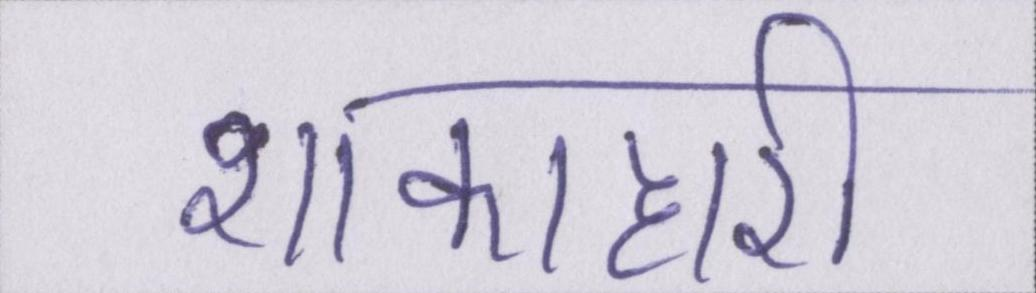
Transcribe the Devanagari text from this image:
शाकाहारी